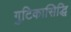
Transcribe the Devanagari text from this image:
गुटिकासिद्धि